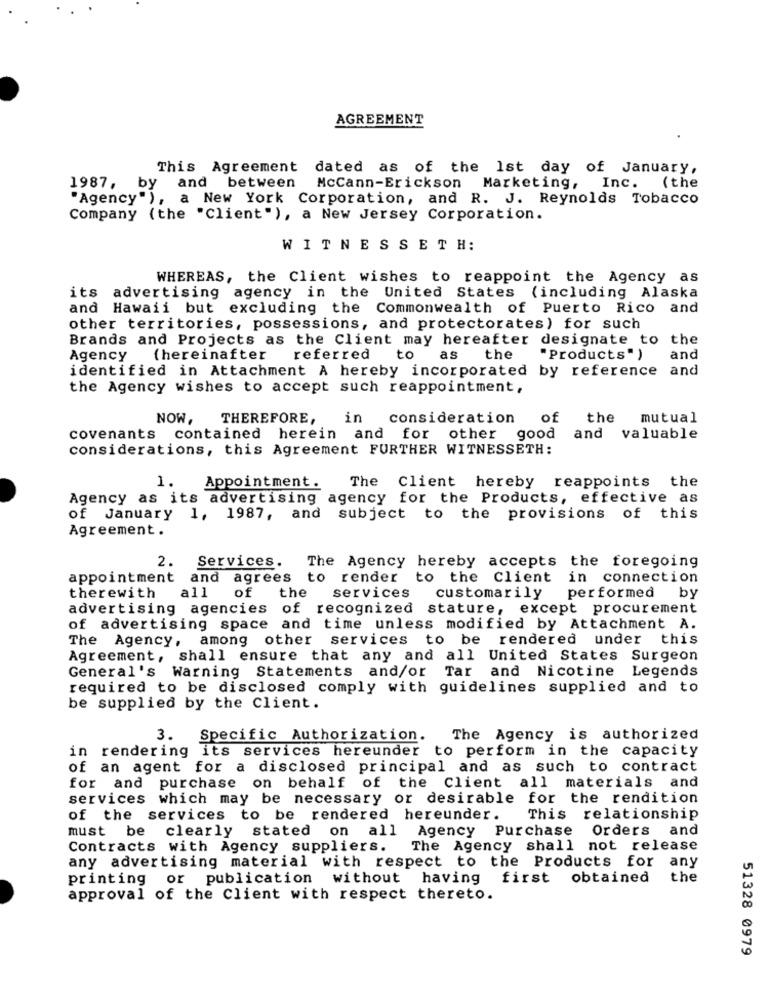
AGREEMENT
This Agreement dated as of the 1st day of January,
1987,
by and between McCann-Erickson Marketing, Inc. (the
"Agency"), a New York Corporation, and R. J. Reynolds Tobacco
Company (the "Client"), a New Jersey Corporation.
WITNESSETH:
WHEREAS, the Client wishes to reappoint the Agency as
its advertising agency in the United States (including Alaska
and Hawaii but excluding the Commonwealth of Puerto Rico and
other territories, possessions, and protectorates) for such
Brands and Projects as the Client may hereafter designate to the
Agency (hereinafter
referred
to
as the
"Products" )
and
identified in Attachment A hereby incorporated by reference and
the Agency wishes to accept such reappointment,
NOW,
THEREFORE,
in
consideration of the
mutual
covenants contained herein and for other good
and
valuable
considerations, this Agreement FURTHER WITNESSETH:
1.
Appointment.
The Client hereby reappoints the
Agency as its advertising agency for the Products, effective as
of January 1, 1987,
and subject to the provisions of this
Agreement.
2.
Services. The Agency hereby accepts the foregoing
appointment and agrees to render to the Client in connection
therewith
all
of
the
services
customarily performed by
advertising agencies of recognized stature, except procurement
of advertising space and time unless modified by Attachment A.
The Agency, among other services to be rendered under this
Agreement, shall ensure that any and all United States Surgeon
General's Warning Statements and/or Tar and Nicotine Legends
required to be disclosed comply with guidelines supplied and to
be supplied by the Client.
3. Specific Authorization.
The Agency is authorized
in rendering its services hereunder to perform in the capacity
of an agent for a disclosed principal and as such to contract
for and purchase on behalf of the Client all materials and
services which may be necessary or desirable for the rendition
of the services to be rendered hereunder.
This relationship
must be clearly stated on all Agency Purchase Orders and
Contracts with Agency suppliers.
The Agency shall not release
any advertising material with respect to the Products for any
printing or publication without having first obtained
the
approval of the Client with respect thereto.
51328 0979